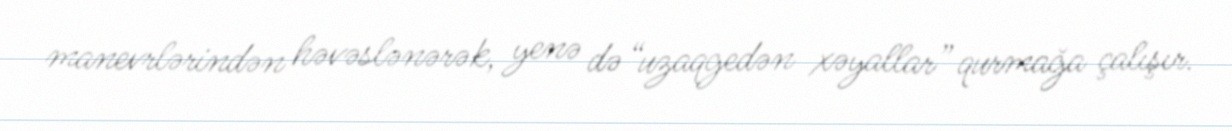
manevrlərindən həvəslənərək, yenə də “uzaqgedən xəyallar” qurmağa çalışır.